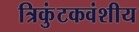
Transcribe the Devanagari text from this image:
त्रिकुंटकवंशीय